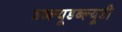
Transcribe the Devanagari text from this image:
डब्ल्यूडब्ल्यूडी